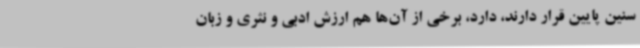
سنین پایین قرار دارند، دارد، برخی از آن‌ها هم ارزش ادبی و نثری و زبان